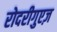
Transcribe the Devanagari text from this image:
रोदरीगुएज़